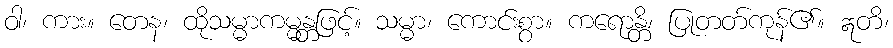
ဝါ၊ ကား။ တေန၊ ထိုသမ္မာကမ္မန္တဖြင့်။ သမ္မာ၊ ကောင်းစွာ။ ကရောန္တိ၊ ပြုတတ်ကုန်၏။ ဣတိ၊